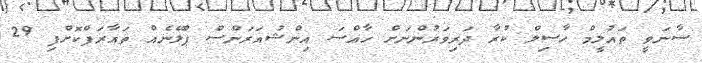
ސާނަވީ ތައުލީމް ހާސިލް ކުރާ ދަރިވަރުންނަށް ހާއްސަ އިންޝުއަރަންސް ޕްލޭނެއް ތައާރަފްކޮށްފި 29